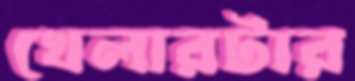
খেলারটার